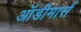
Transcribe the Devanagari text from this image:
ऑडीमार्स